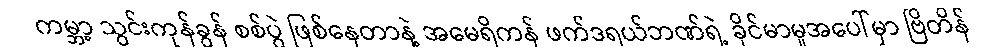
ကမ္ဘာ့ သွင်းကုန်ခွန် စစ်ပွဲ ဖြစ်နေတာနဲ့ အမေရိကန် ဖက်ဒရယ်ဘဏ်ရဲ့ ခိုင်မာမှုအပေါ်မှာ ဗြိတိန်